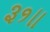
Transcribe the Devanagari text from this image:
३१॥